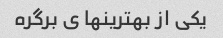
یکی از بهترینها ی برگره